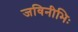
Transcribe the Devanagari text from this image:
जविनीभिः